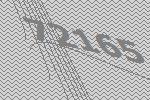
72165